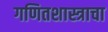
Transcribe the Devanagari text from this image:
गणितशास्त्राचा